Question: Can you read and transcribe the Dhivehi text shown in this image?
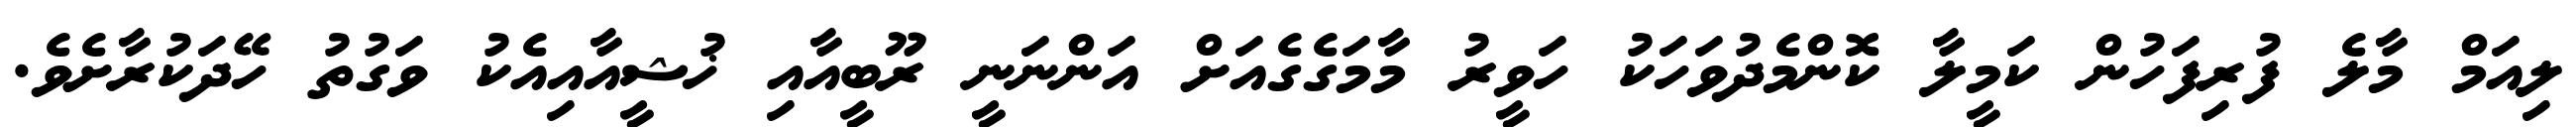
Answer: ލިއަމް މާލެ ފުރިފަހުން ކަމީލާ ކޮންމެދުވަހަކު ހަވީރު މާމަގެގެއަށް އަންނަނީ ރޫބީއާއި ޚުޝީއާއިއެކު ވަގުތު ހޭދަކުރާށެވެ.